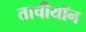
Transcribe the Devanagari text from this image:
ताचीयॉन